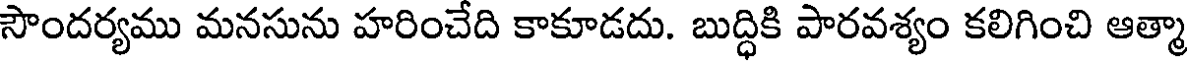
సౌందర్యము మనసును హరించేది కాకూడదు. బుద్ధికి పారవశ్యం కలిగించి ఆత్మా